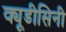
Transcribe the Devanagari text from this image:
क्यूडीसिनी